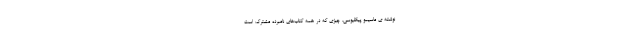
نوشته ی ماسیمو پیگلیوسی. چیزی که در همهٔ کتاب‌های نامبرده مشترک است